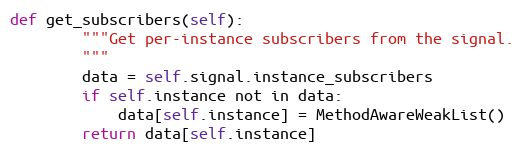
Language: Python
def get_subscribers(self):
        """Get per-instance subscribers from the signal.
        """
        data = self.signal.instance_subscribers
        if self.instance not in data:
            data[self.instance] = MethodAwareWeakList()
        return data[self.instance]